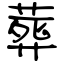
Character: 葬